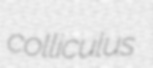
colliculus